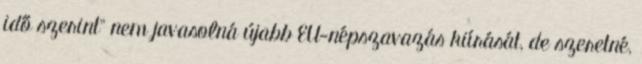
idő szerint" nem javasolná újabb EU-népszavazás kiírását, de szeretné,